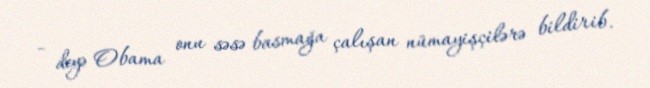
- deyə Obama onu səsə basmağa çalışan nümayişçilərə bildirib.